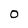
Character: 0